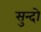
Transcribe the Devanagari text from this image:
सुन्दो